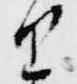
里